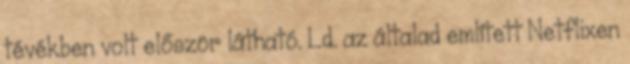
tévékben volt először látható. Ld. az általad említett Netflixen